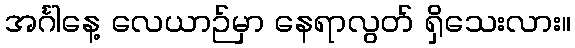
အင်္ဂါနေ့ လေယာဉ်မှာ နေရာလွတ် ရှိသေးလား။